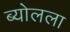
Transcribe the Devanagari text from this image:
ब्योलला